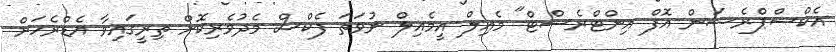
އެކްސްޕްރެޝަން އޮފް އިންޓްރެސްޓް" މެއިލް އީމެއިލް ނުވަތަ ފެކްސް މެދުވެރިކޮށް ތިރީގައިވާ އެޑްރެހަށް